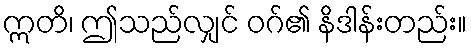
ဣတိ၊ ဤသည်လျှင် ဝဂ်၏ နိဒါန်းတည်း။